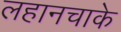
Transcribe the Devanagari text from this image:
लहानचाके